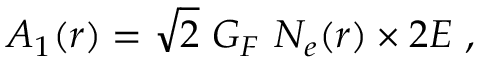
A _ { 1 } ( r ) = \sqrt { 2 } ~ G _ { F } ~ N _ { e } ( r ) \times 2 E ~ ,